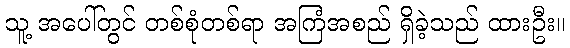
သူ့ အပေါ်တွင် တစ်စုံတစ်ရာ အကြံအစည် ရှိခဲ့သည် ထားဦး။